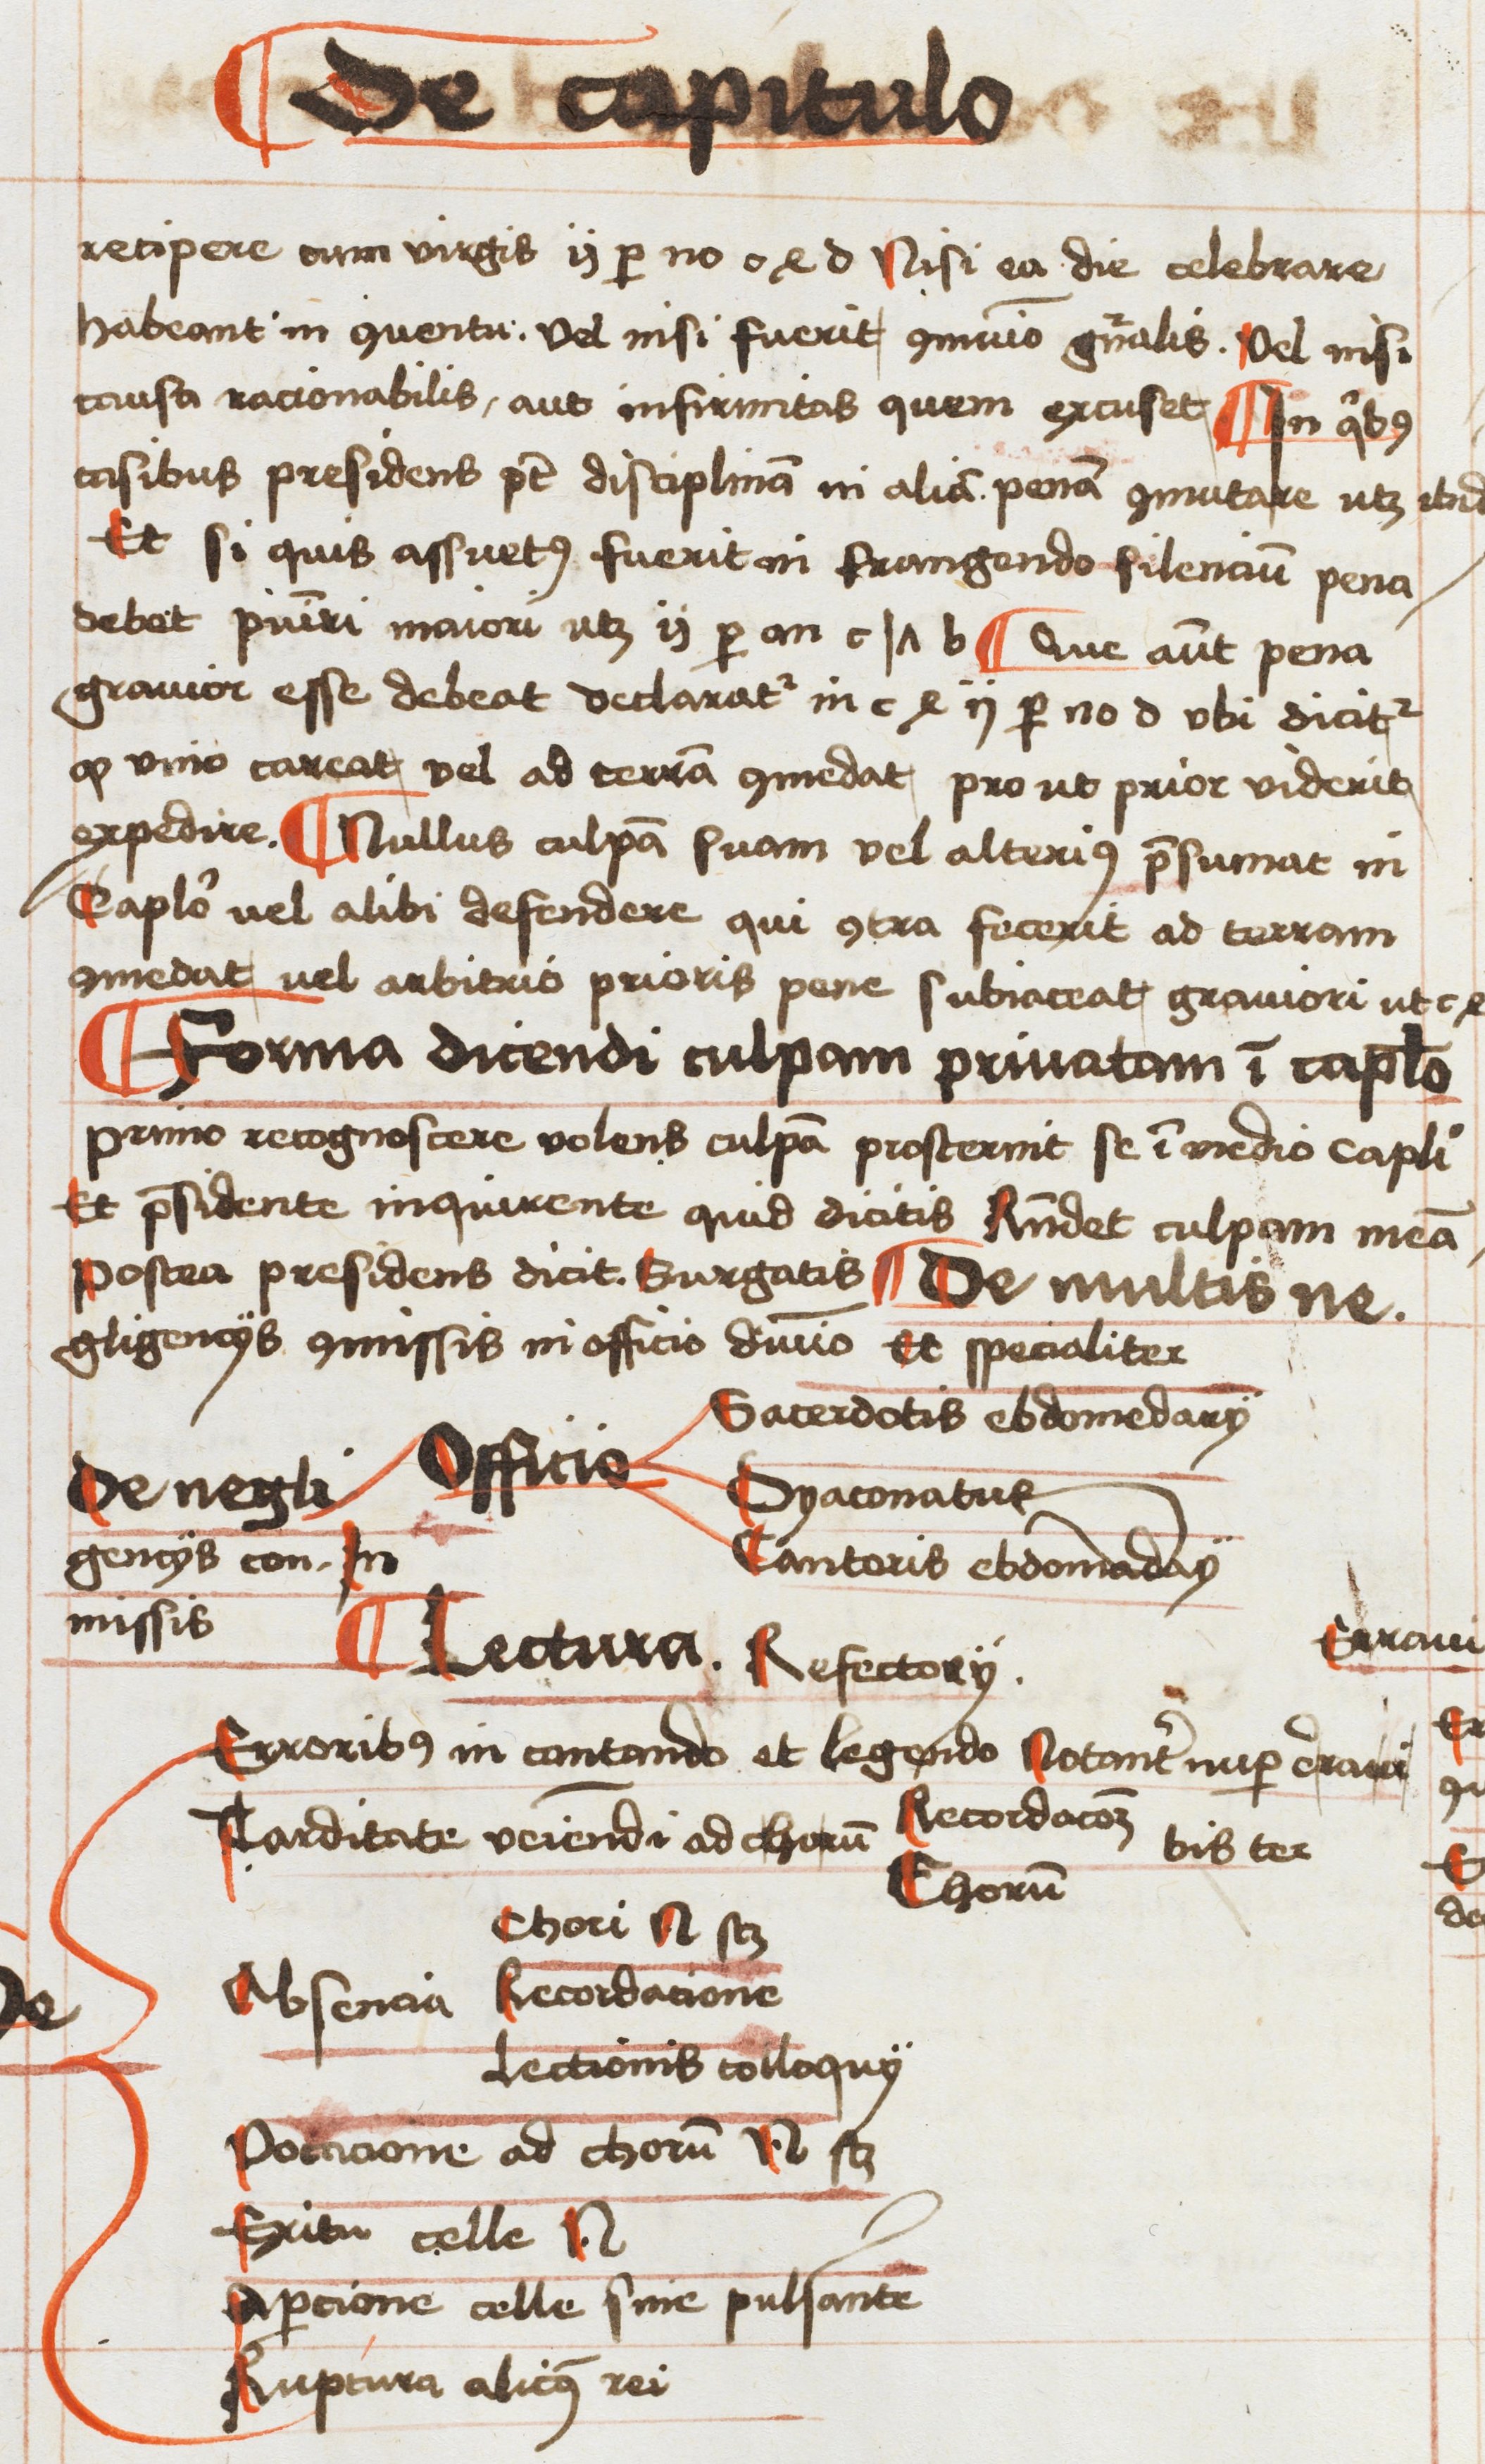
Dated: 1496–1498